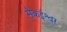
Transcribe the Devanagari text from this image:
मैकईश्वर